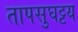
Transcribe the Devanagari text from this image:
तापसुघट्टय